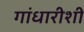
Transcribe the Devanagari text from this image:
गांधारीशी